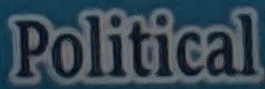
Political